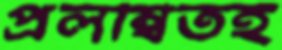
প্রলম্বিতই